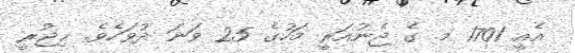
އެއީ 1701 މ. ގެ ޖެނުއަރީ މަހުގެ 25 ވަނަ ދުވަހެވެ. ޙިޖުރީ